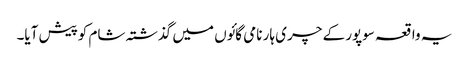
یہ واقعہ سوپور کے چری ہار نامی گائوں میں گذشتہ شام کوپیش آیا۔